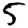
Digit: 5